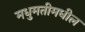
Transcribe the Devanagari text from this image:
मधुमतीमधील